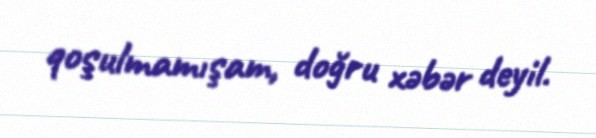
qoşulmamışam, doğru xəbər deyil.